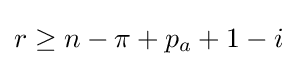
r\geq n-\pi +p_{a}+1-i